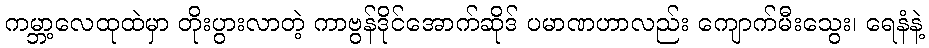
ကမ္ဘာ့လေထုထဲမှာ တိုးပွားလာတဲ့ ကာဗွန်ဒိုင်အောက်ဆိုဒ် ပမာဏဟာလည်း ကျောက်မီးသွေး၊ ရေနံနဲ့